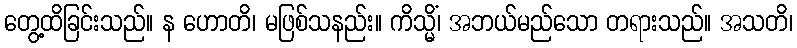
တွေ့ထိခြင်းသည်။ န ဟောတိ၊ မဖြစ်သနည်း။ ကိသ္မိံ၊ အဘယ်မည်သော တရားသည်။ အသတိ၊